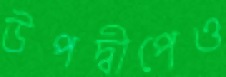
উপদ্বীপেও